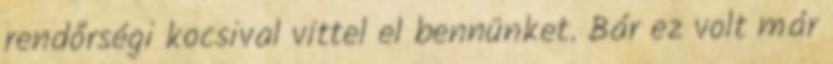
rendőrségi kocsival vittel el bennünket. Bár ez volt már